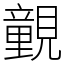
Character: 䚒